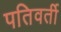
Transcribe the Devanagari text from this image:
पतिवर्ती